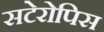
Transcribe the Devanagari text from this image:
सटेरोपिस